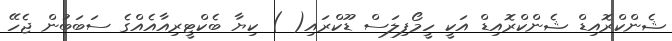
ޝެންކްރޮއިޑް ޝެންކްރޮއިޑް އަކީ ހީމޯފިލަސް ޑޫކްރައި( ) ކިޔާ ބެކްޓީރިއާއެއްގެ ސަބަބުން ޖެހޭ